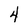
Character: 4